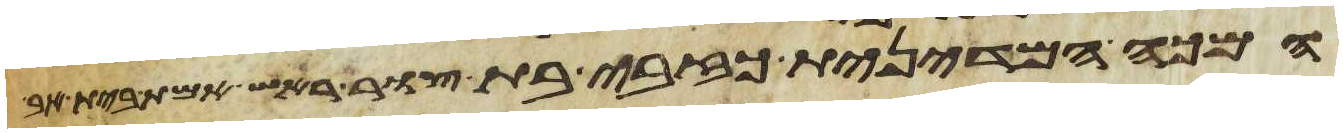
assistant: המכה המדינית כזבית בת צור ראש אמת בית אב